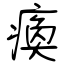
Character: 瘓